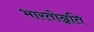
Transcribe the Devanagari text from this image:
भारतोन्नति